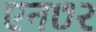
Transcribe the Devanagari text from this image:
एन७२